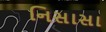
નિસાસા